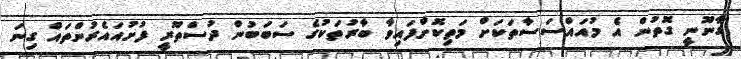
ގާނޫނީ ގޮތުން އެ މުއައްސަސާތަކަށް މަތިކޮށްފައިވާ ބާރުތަކުގެ ސަބަބުން ދުސްތޫރީ ފުށުއައެރުންތައް ގިނަ